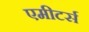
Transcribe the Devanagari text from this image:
एमीटर्स